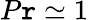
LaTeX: P\mathtt{r}\simeq1